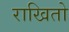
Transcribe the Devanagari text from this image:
राखितो